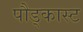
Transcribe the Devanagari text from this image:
पौड्कास्ट